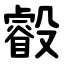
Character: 㲊